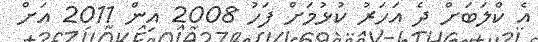
އެ ކްލަބަށް ދެ އަހަރު ކުޅުމަށް ފަހު 2008 އިން 2011 އަށް